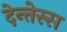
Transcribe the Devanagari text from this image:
देन्तेस्स